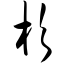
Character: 杉